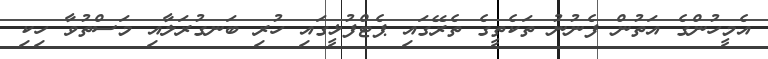
އެމީހުންގެ އަތުން ފެނުނު ތަކެތީގެ ތެރޭގައި ޕެޓްފުޅީގައި ހުރި ބަނގުރަލާއި މަސްތުވާ ހިކި